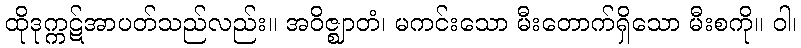
ထိုဒုက္ကဋ်အာပတ်သည်လည်း။ အဝိဇ္ဈာတံ၊ မကင်းသော မီးတောက်ရှိသော မီးစကို။ ဝါ၊